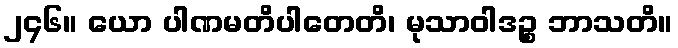
၂၄၆။ ယော ပါဏမတိပါတေတိ၊ မုသာဝါဒဉ္စ ဘာသတိ။